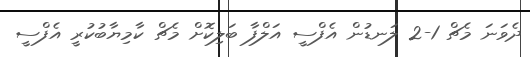
ދެވަނަ މެޗް 1-2 ލަނޑުން އެފްސީ އަލްފާ ބަލިކޮށް މެޗް ކާމިޔާބުކުރީ އެފްސީ